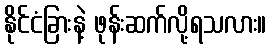
နိုင်ငံခြားနဲ့ ဖုန်းဆက်လို့ရသလား။